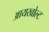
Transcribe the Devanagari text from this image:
आयखोल्ट